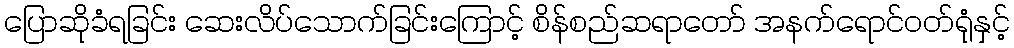
ပြောဆိုခံရခြင်း ဆေးလိပ်သောက်ခြင်းကြောင့် စိန်စည်ဆရာတော် အနက်ရောင်ဝတ်ရုံနှင့်